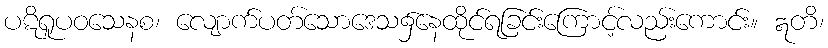
ပဋိရူပဝသေနစ၊ လျောက်ပတ်သောဒေသ၌နေထိုင်ရခြင်းကြောင့်လည်းကောင်း။ ဣတိ၊